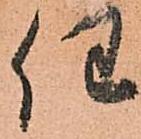
任